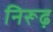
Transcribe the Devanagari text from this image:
निरूढ़